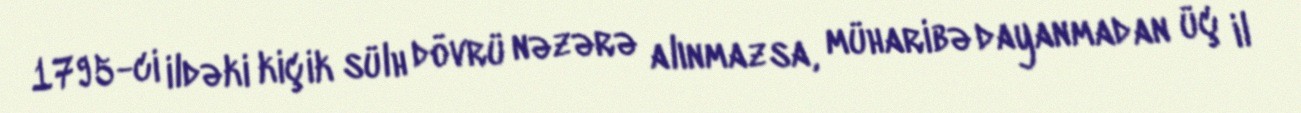
1795-ci ildəki kiçik sülh dövrü nəzərə alınmazsa, müharibə dayanmadan üç il